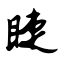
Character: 睫